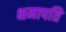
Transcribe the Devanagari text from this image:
क्षमापति